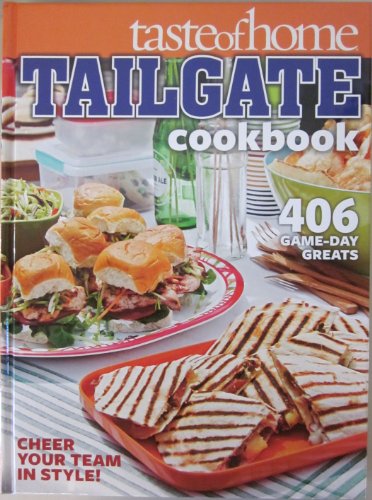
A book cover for Taste of Home Tailgate Cookbook; Cookbooks, Food & Wine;